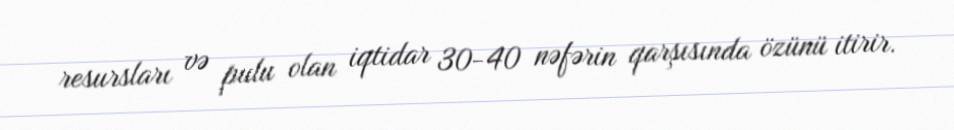
resursları və pulu olan iqtidar 30-40 nəfərin qarşısında özünü itirir.